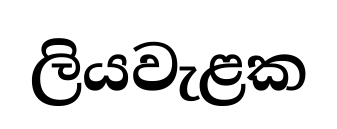
ලියවැළක